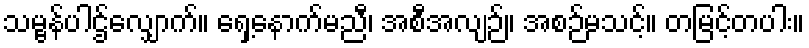
သမ္ဗန်ပါဌ်လျှောက်။ ရှေ့နောက်မညီ၊ အစီအလျဉ်။ အစဉ်မသင့်။ တမြင့်တပါး။